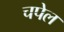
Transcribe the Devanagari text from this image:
चपेल